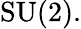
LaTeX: {\mathrm{SU}}(2).